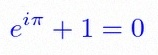
e^{i\pi}+1=0